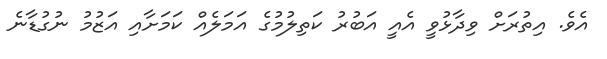
އެވެ. އިތުރަށް ވިދާޅުވީ އެއީ އަބުރު ކަތިލުމުގެ އަމަލެއް ކަމަށާއި އަޒުމު ނުގުޑާނެ